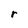
Character: r